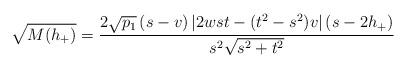
LaTeX: \begin{align*}\sqrt{M(h_{+})}=\dfrac{2\sqrt{p_{1}}\left( s-v\right) \left\vert2wst-(t^{2}-s^{2})v\right\vert (s-2h_{+})}{s^{2}\sqrt{s^{2}+t^{2}}}\allowbreak \end{align*}